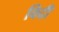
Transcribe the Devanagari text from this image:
विदी